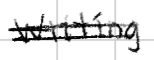
Text: Writing
Cross-out: mix
Writing tool: digital_black